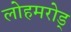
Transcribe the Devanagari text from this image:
लोहमरोड्